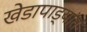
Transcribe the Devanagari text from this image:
खेडापाड्यांत